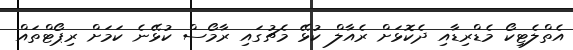
އެތްލެޓިކޯ މެޑްރިޑާއި ދެކޮޅަށް ރެއާލް ކުޅޭ މެޗުގައި ރާމޯސް ކުޅޭނެ ކަމަށް ރިޕޯޓްތައް